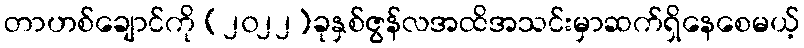
တာဟစ်ချောင်ကို (၂၀၂၂)ခုနှစ်ဇွန်လအထိအသင်းမှာဆက်ရှိနေစေမယ့်